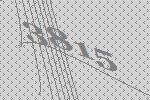
3815